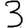
Digit: 3